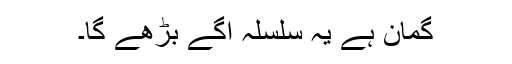
گمان ہے یہ سلسلہ آگے بڑھے گا۔